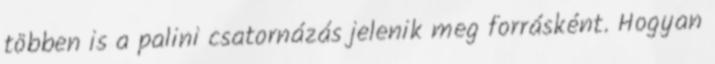
többen is a palini csatornázás jelenik meg forrásként. Hogyan